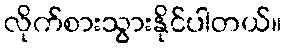
လိုက်စားသွားနိုင်ပါတယ်။